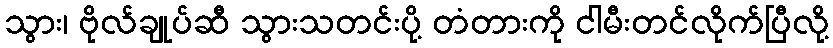
သွား၊ ဗိုလ်ချုပ်ဆီ သွားသတင်းပို့ တံတားကို ငါမီးတင်လိုက်ပြီလို့